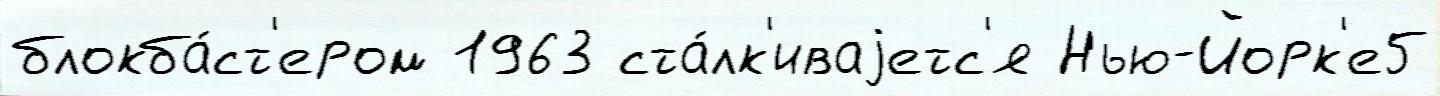
блокба́ст'ером 1963 ста́лк'иваjетс'я Нью-Йорк'е5